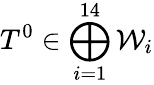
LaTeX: T^{0}\in\bigoplus_{i=1}^{14}{\mathcal W}_{i}